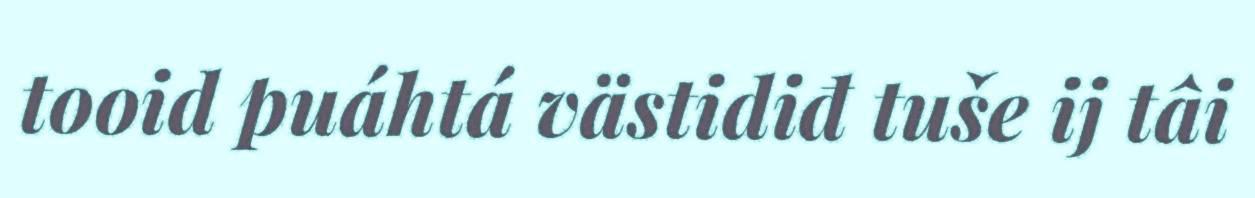
tooid puáhtá västidiđ tuše ij tâi